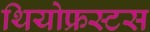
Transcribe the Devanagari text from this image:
थियोफ्रस्टस